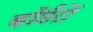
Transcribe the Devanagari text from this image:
बॉर्डरों